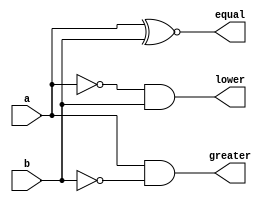
`timescale 1ns / 1ps

module comparator_1bit
(input a,
 input b, 
 output equal,
 output greater,
 output lower);

assign equal = a ~^ b;
assign lower = (~a) & b;
assign greater = a & (~b);

endmodule


module parity
#(parameter WIDTH=2)
(input [WIDTH-1:0] a,
 output out);
   assign out = ^a;

endmodule


module voter
#(parameter WIDTH=2)
(input [WIDTH-1:0] a,
 input [WIDTH-1:0] b,
 output out);

   wire [WIDTH-1:0] equal, greater, lower;
   wire             parity_equal, parity_greater, parity_lower;
   wire             parity_level2_0, parity_level2_1;
   
   
   comparator_1bit comp [WIDTH-1:0](.a(a),
                                    .b(b),
                                    .equal(equal),
                                    .greater(greater),
                                    .lower(lower));

   parity #(.WIDTH(WIDTH)) par_equal(.a(equal),
                                     .out(parity_equal));
   parity #(.WIDTH(WIDTH)) par_greater(.a(greater),
                                     .out(parity_greater));
   parity #(.WIDTH(WIDTH)) par_lower(.a(lower),
                                     .out(parity_lower));
   

   parity #(.WIDTH(2)) par_level2_0(.a({parity_lower, parity_equal}),
                                     .out(parity_level2_0));
   parity #(.WIDTH(2)) par_level2_1(.a({parity_equal, parity_greater}),
                                     .out(parity_level2_1));

   parity #(.WIDTH(2)) par_out(.a({parity_level2_0, parity_level2_1}),
                                     .out(out));
   

endmodule